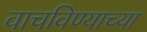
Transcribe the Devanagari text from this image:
वाचविण्याच्या